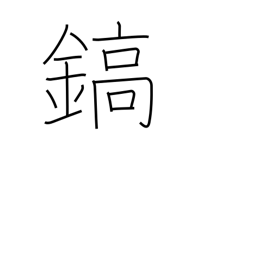
Meaning: sword-blade ridges